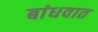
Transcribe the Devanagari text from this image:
बांधवात